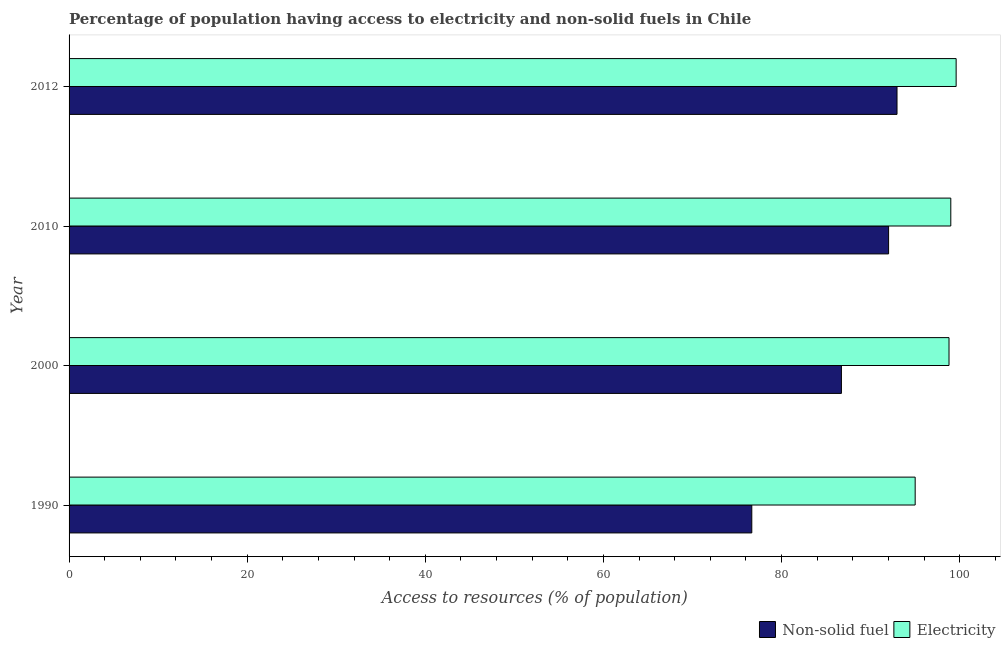
| Year | Non-solid fuel | Electricity |
 | --- | --- | --- |
 | 1990 | 76.7 | 95 |
 | 2000 | 86.7 | 98.8 |
 | 2010 | 92 | 99 |
 | 2012 | 93 | 99.6 |